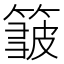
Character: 𥲝